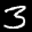
Label: 3